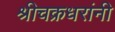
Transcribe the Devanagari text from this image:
श्रीचक्रधरांनी